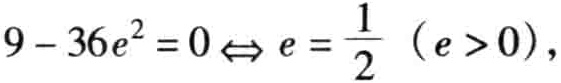
$9 - 36e^{2} = 0 \Leftrightarrow e = \frac{1}{2} \ (e > 0)$